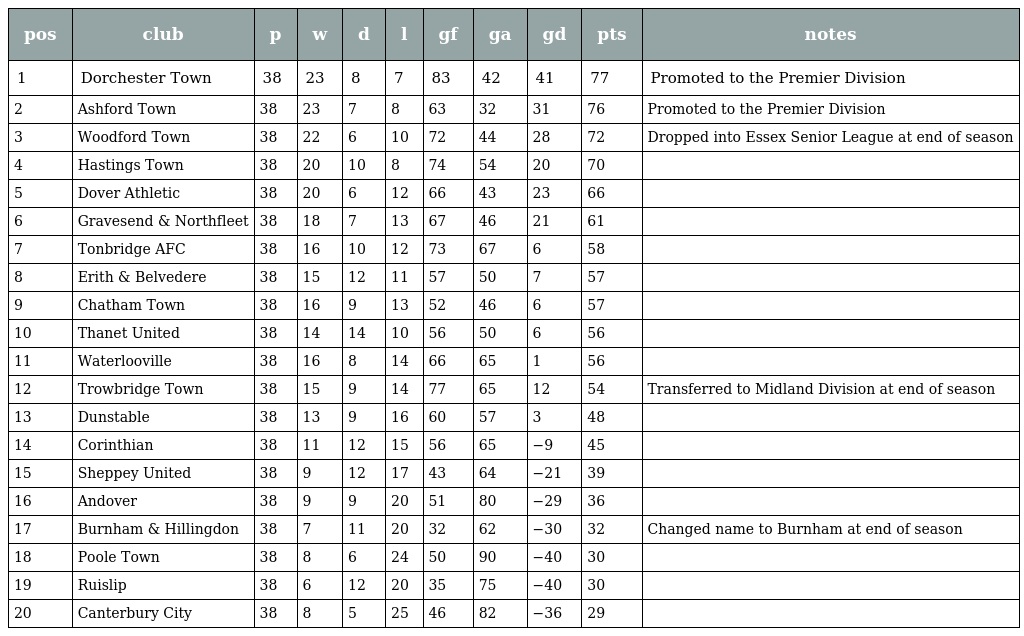
| pos | club | p | w | d | l | gf | ga | gd | pts | notes |
 | --- | --- | --- | --- | --- | --- | --- | --- | --- | --- | --- |
 | 1 | Dorchester Town | 38 | 23 | 8 | 7 | 83 | 42 | 41 | 77 | Promoted to the Premier Division |
 | 2 | Ashford Town | 38 | 23 | 7 | 8 | 63 | 32 | 31 | 76 | Promoted to the Premier Division |
 | 3 | Woodford Town | 38 | 22 | 6 | 10 | 72 | 44 | 28 | 72 | Dropped into Essex Senior League at end of season |
 | 4 | Hastings Town | 38 | 20 | 10 | 8 | 74 | 54 | 20 | 70 |  |
 | 5 | Dover Athletic | 38 | 20 | 6 | 12 | 66 | 43 | 23 | 66 |  |
 | 6 | Gravesend & Northfleet | 38 | 18 | 7 | 13 | 67 | 46 | 21 | 61 |  |
 | 7 | Tonbridge AFC | 38 | 16 | 10 | 12 | 73 | 67 | 6 | 58 |  |
 | 8 | Erith & Belvedere | 38 | 15 | 12 | 11 | 57 | 50 | 7 | 57 |  |
 | 9 | Chatham Town | 38 | 16 | 9 | 13 | 52 | 46 | 6 | 57 |  |
 | 10 | Thanet United | 38 | 14 | 14 | 10 | 56 | 50 | 6 | 56 |  |
 | 11 | Waterlooville | 38 | 16 | 8 | 14 | 66 | 65 | 1 | 56 |  |
 | 12 | Trowbridge Town | 38 | 15 | 9 | 14 | 77 | 65 | 12 | 54 | Transferred to Midland Division at end of season |
 | 13 | Dunstable | 38 | 13 | 9 | 16 | 60 | 57 | 3 | 48 |  |
 | 14 | Corinthian | 38 | 11 | 12 | 15 | 56 | 65 | −9 | 45 |  |
 | 15 | Sheppey United | 38 | 9 | 12 | 17 | 43 | 64 | −21 | 39 |  |
 | 16 | Andover | 38 | 9 | 9 | 20 | 51 | 80 | −29 | 36 |  |
 | 17 | Burnham & Hillingdon | 38 | 7 | 11 | 20 | 32 | 62 | −30 | 32 | Changed name to Burnham at end of season |
 | 18 | Poole Town | 38 | 8 | 6 | 24 | 50 | 90 | −40 | 30 |  |
 | 19 | Ruislip | 38 | 6 | 12 | 20 | 35 | 75 | −40 | 30 |  |
 | 20 | Canterbury City | 38 | 8 | 5 | 25 | 46 | 82 | −36 | 29 |  |